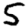
Digit: 5